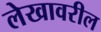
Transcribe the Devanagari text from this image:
लेखावरील